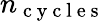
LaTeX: n_{\mathrm{~c~y~c~l~e~s~}}